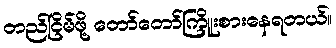
တည်ငြိမ်ဖို့ တော်တော်ကြိူးစားနေရတယ်။